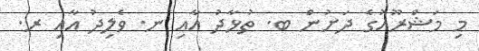
މި މަޝްރޫއުގެ ދަށުން ބ. ތުޅާދު އާއި ނ. ވެލިދު އާއި ރ.